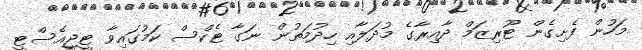
މަހުން ފެށިގެން ޓޫރިޒަމް ދާއިރާގެ މުދަލާއި ހިދުމަތުން ނަގާ ޓެކްސް ކަމުގައިވާ ޓީޖީއެސްޓީ